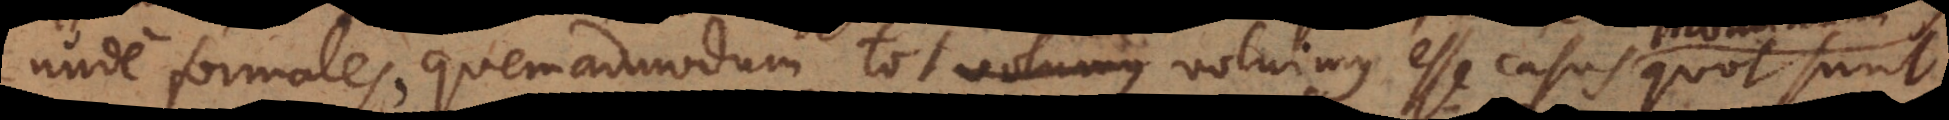
ude formales, quemadmodum tot voluimus esse casus quot sunt